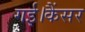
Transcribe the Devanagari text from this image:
गई।कैंसर